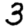
Digit: 3